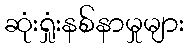
ဆုံးရှုံးနစ်နာမှုများ